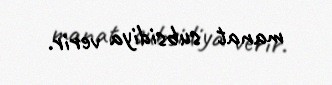
manat subsidiya verir.